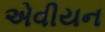
એવીયન